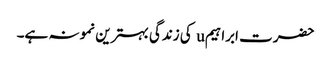
حضرت ابراہیمu کی زندگی بہترین نمونہ ہے۔